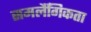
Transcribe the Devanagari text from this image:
समलैँगिकता